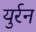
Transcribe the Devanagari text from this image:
युर्रन